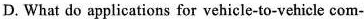
D. What do applications for vehicle-to-vehicle com-